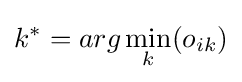
k^{*}=arg\min _{k}(o_{ik})